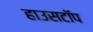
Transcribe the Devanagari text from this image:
हाउसटॉप